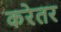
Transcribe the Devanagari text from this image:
करेतर